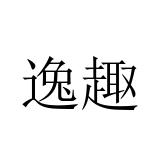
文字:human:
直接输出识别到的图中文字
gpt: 逸趣